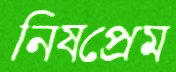
নিষপ্রেম